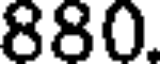
880.